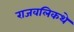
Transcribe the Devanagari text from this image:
राजवलिकथे